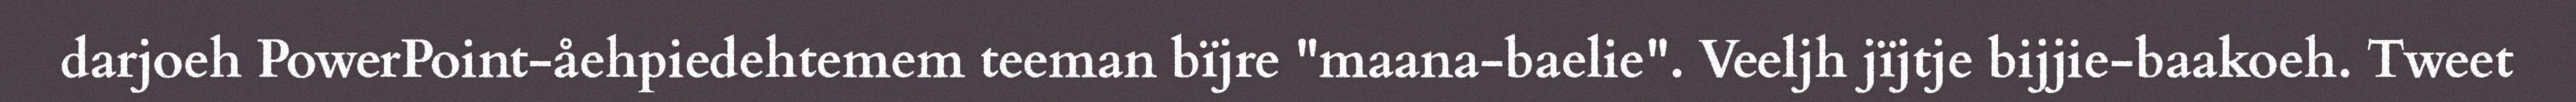
darjoeh PowerPoint-åehpiedehtemem teeman bïjre "maana-baelie". Veeljh jïjtje bijjie-baakoeh. Tweet